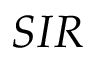
S I R